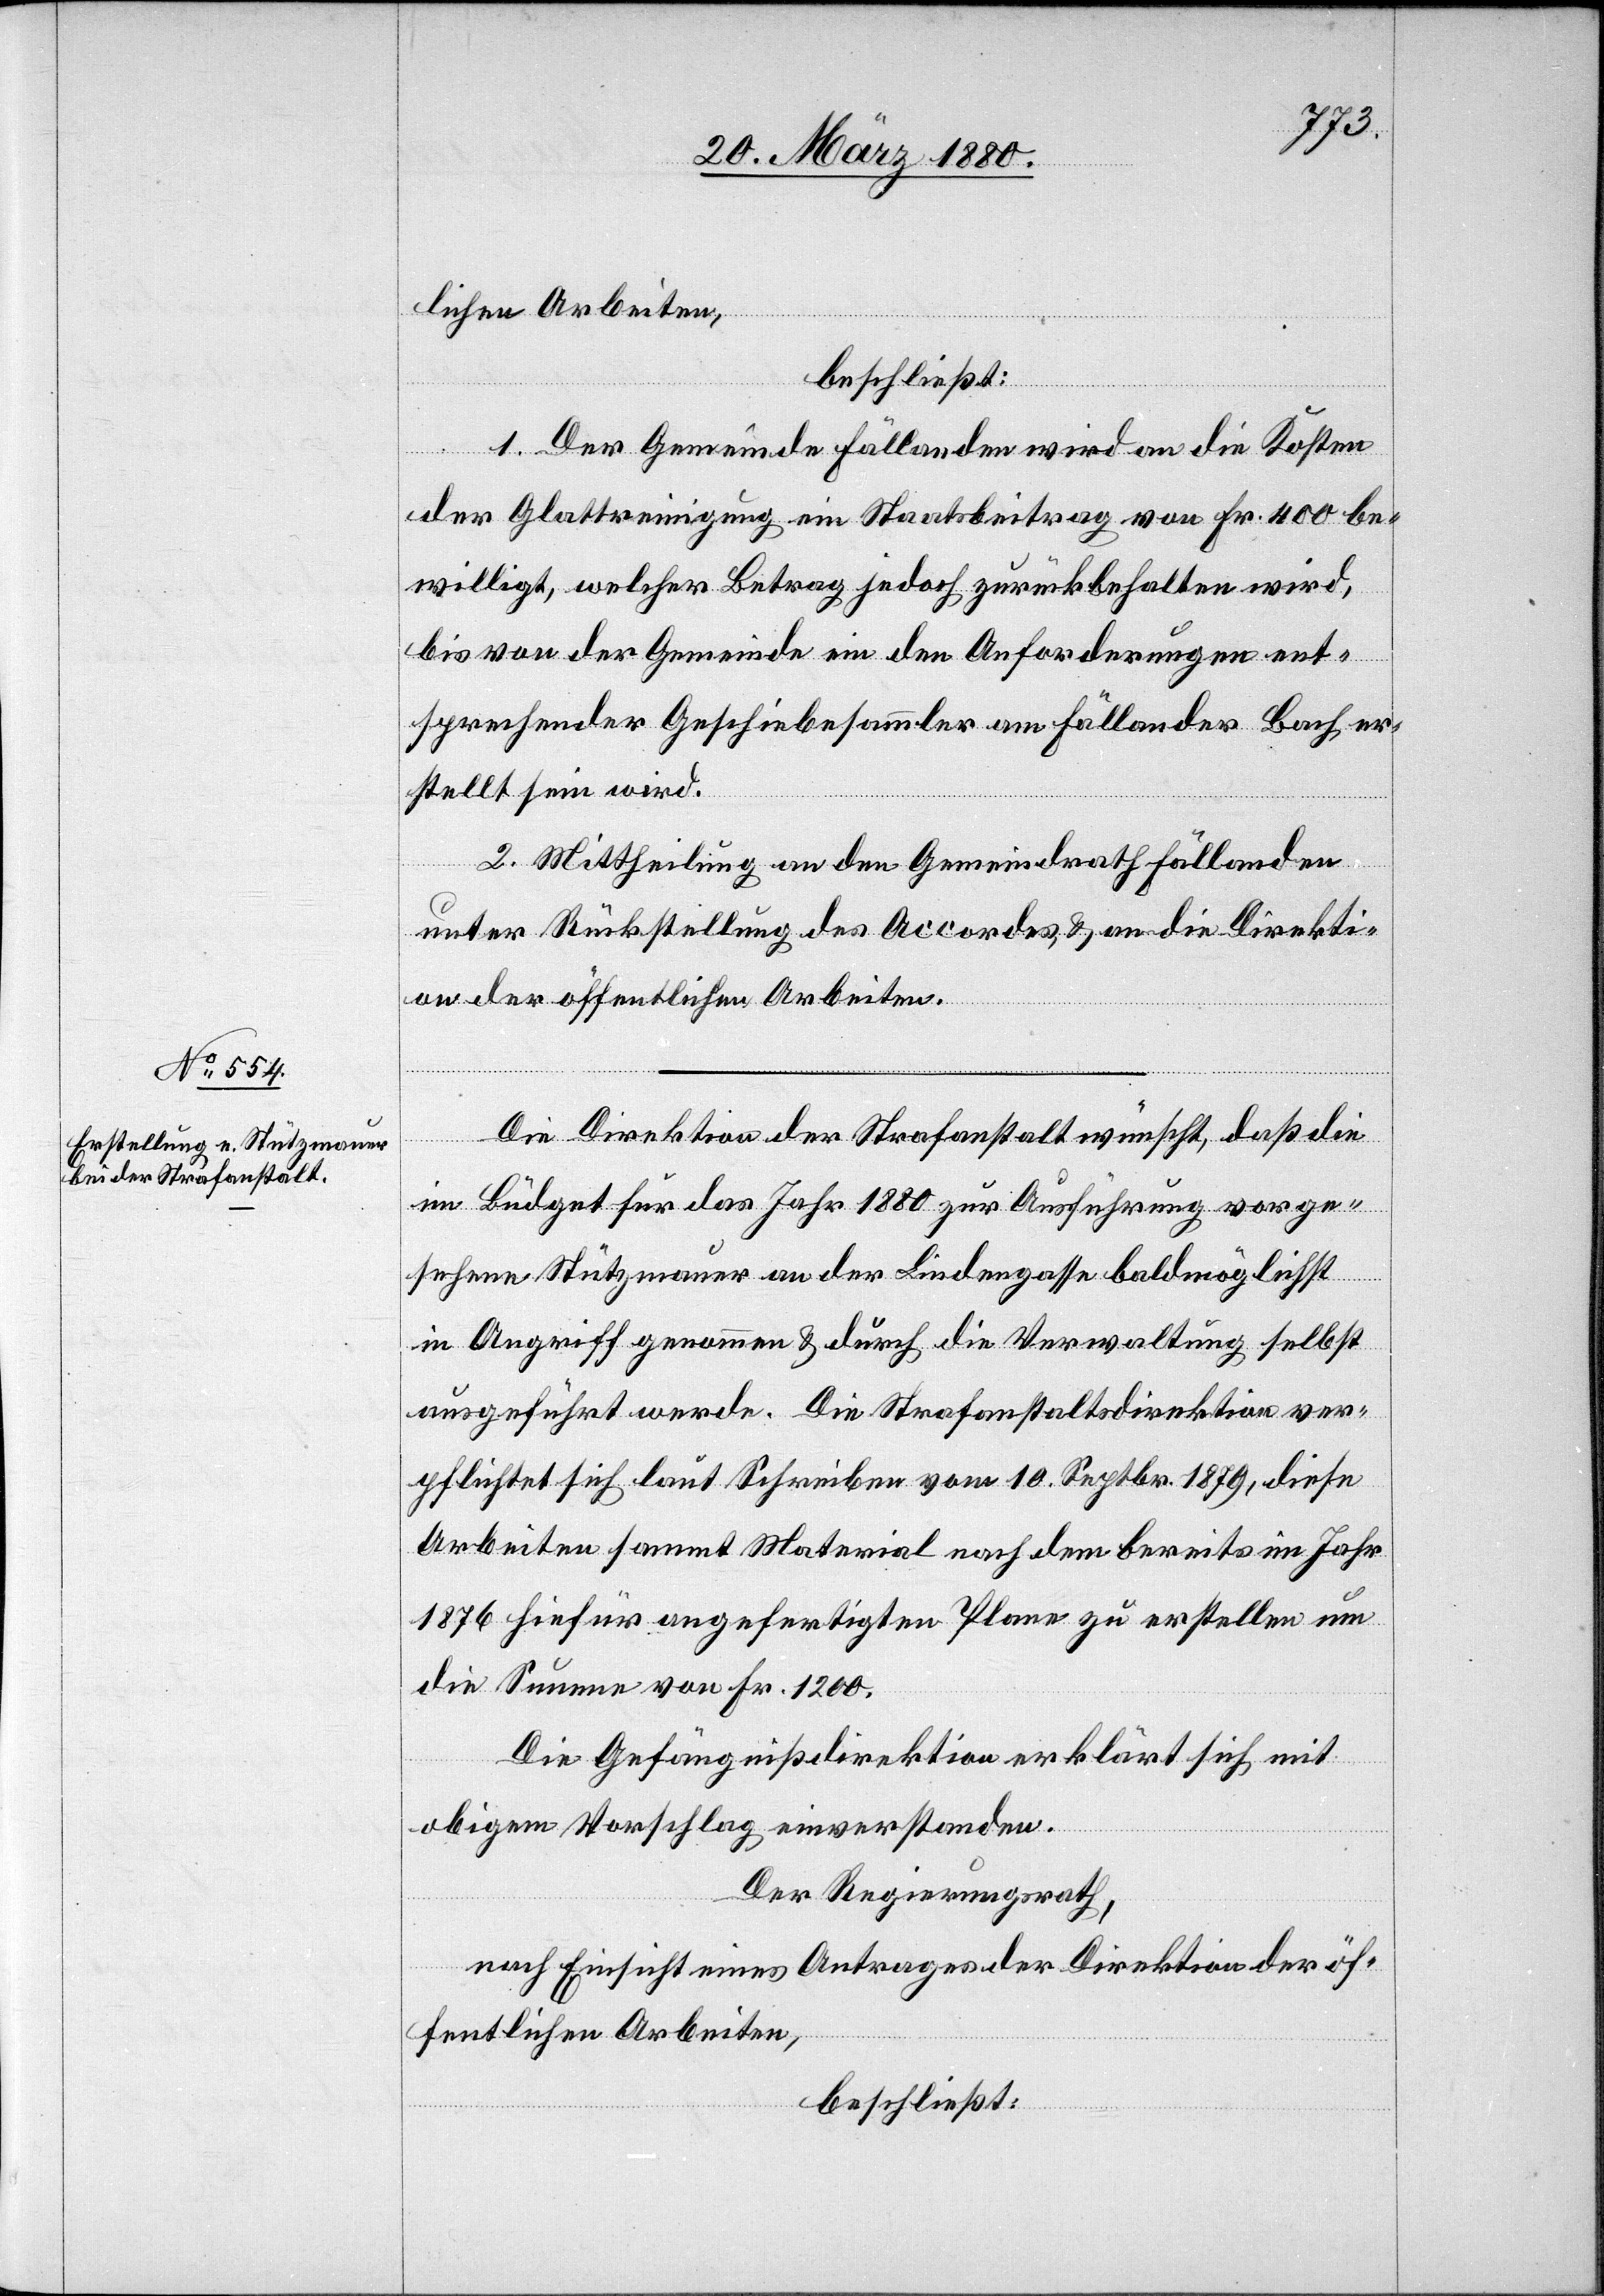
lichen Arbeiten,
beschließt:
1. Der Gemeinde Fällanden wird an die Kosten
der Glattreinigung ein Staatsbeitrag von Fr. 400 be¬
willigt, welcher Betrag jedoch zurückbehalten wird,
bis von der Gemeinde ein den Anforderungen ent¬
sprechender Geschiebesammler am Fällander Bach er¬
stellt sein wird.
2. Mittheilung an den Gemeindrath Fällanden
unter Rückstellung des Accordes & an die Direkti¬
on der öffentlichen Arbeiten.
Die Direktion der Strafanstalt wünscht, daß die
im Büdget für das Jahr 1880 zur Ausführung vorge¬
sehene Stützmauer an der Lindengasse baldmöglichst
in Angriff genommen & durch die Verwaltung selbst
ausgeführt werde. Die Strafanstaltsdirektion ver¬
pflichtet sich laut Schreiben vom 10. Septbr. 1879, diese
Arbeiten sammt Material nach dem bereits im Jahr
1876 hiefür angefertigten Plane zu erstellen um
die Summe von Fr. 1200.
Die Gefängnißdirektion erklärt sich mit
obigem Vorschlag einverstanden.
Der Regierungsrath,
nach Einsicht eines Antrages der Direktion der öf¬
fentlichen Arbeiten,
beschließt: